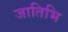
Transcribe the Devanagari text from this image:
जातिभि